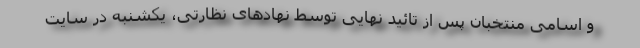
و اسامی منتخبان پس از تائید نهایی توسط نهادهای نظارتی، یکشنبه در سایت